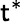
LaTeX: \mathsf{t}^{*}